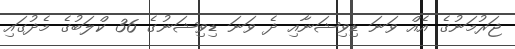
ޖަރުމަނުގެ އެއް ވަނަ ޑިވިޝަނާއި ދެ ވަނަ ޑިވިޝަނުގެ 36 ކްލަބުގެ މެދުގައި